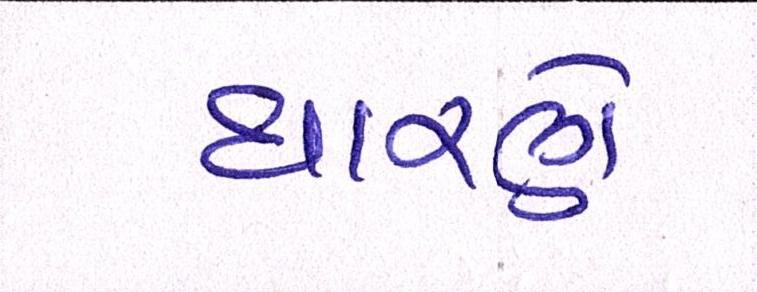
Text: ધારણે